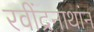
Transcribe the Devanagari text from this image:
रवींद्रनाथांन